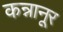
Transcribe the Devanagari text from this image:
कन्नानूर